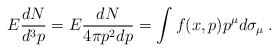
\begin{align*}E {dN \over d^3 p} = E {dN \over 4 \pi p^2 dp} = \int f(x, p) p^{\mu} d \sigma_{\mu}\>.\end{align*}